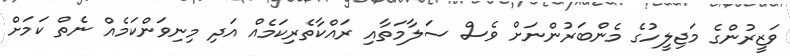
ވަޒީރުންގެ މަޖިލީހުގެ މެންބަރުންނަށް ވެސް ސަލާމަތާއި ރައްކާތެރިކަމެއް އަދި މިނިވަންކަމެއް ނެތް ކަމަށް